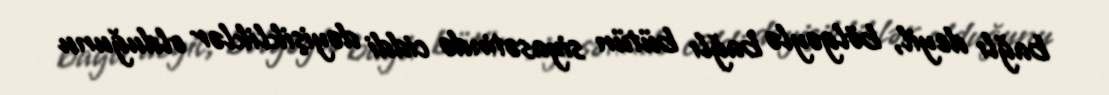
bağlı deyil, bölgəylə bağlı bütün siyasətində ciddi dəyişikliklər olduğunu